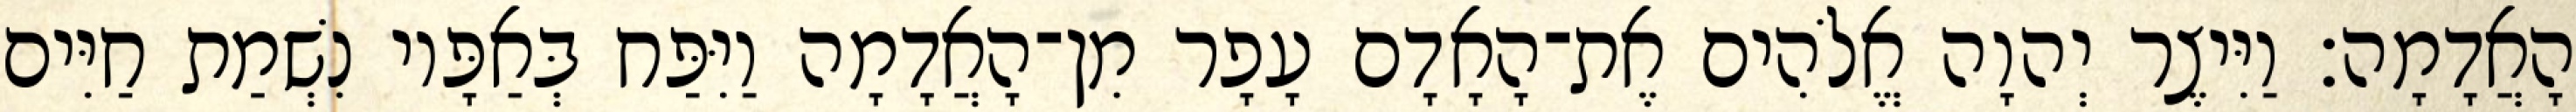
הָאֲדָמָה׃ וַיִּיצֶר יְהוָה אֱלֹהִים אֶת־הָאָדָם עָפָר מִן־הָאֲדָמָה וַיִּפַּח בְּאַפָּיו נִשְׁמַת חַיִּים